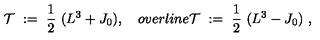
{ \mathcal T } \ : = \ \frac 1 2 \ ( L ^ { 3 } + J _ { 0 } ) , \quad o v e r l i n e { \mathcal T } \ : = \ \frac 1 2 \ ( L ^ { 3 } - J _ { 0 } ) \ ,